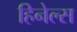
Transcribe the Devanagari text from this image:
हिनेल्स